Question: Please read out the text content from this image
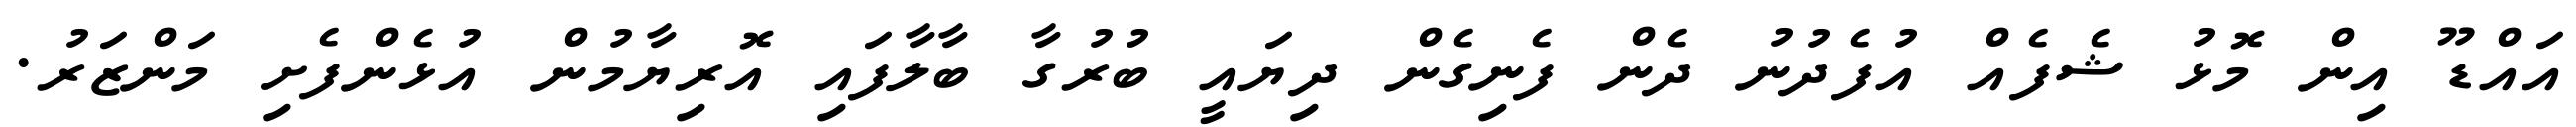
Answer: އައްޑޫ އިން މޮޅު ޝެފެއް އުފެދުނު ދެން ފެނިގެން ދިޔައީ ބުރުގާ ބާލާފައި އޮރިޔާމުން އުޅެންފެށި މަންޒަރު.